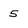
Character: 5